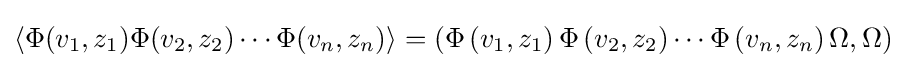
\left\langle \Phi (v_{1},z_{1})\Phi (v_{2},z_{2})\cdots \Phi (v_{n},z_{n})\right\rangle =\left(\Phi \left(v_{1},z_{1}\right)\Phi \left(v_{2},z_{2}\right)\cdots \Phi \left(v_{n},z_{n}\right)\Omega ,\Omega \right)